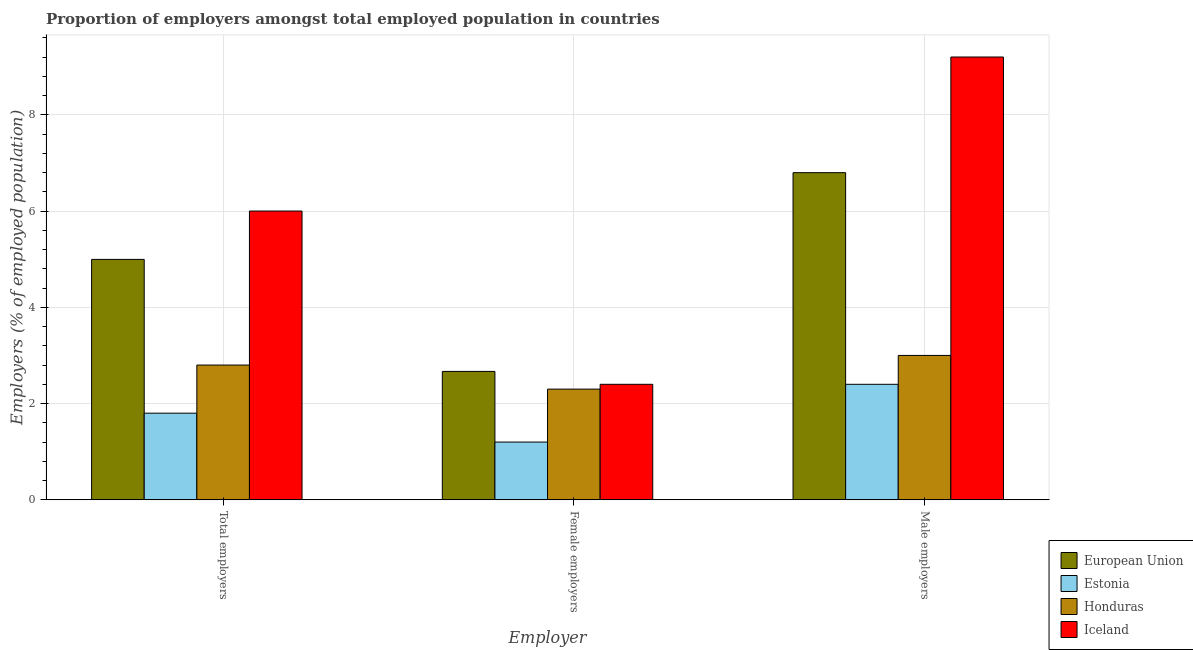
| Employer | European Union | Estonia | Honduras | Iceland |
 | --- | --- | --- | --- | --- |
 | Total employers | 5 | 1.8 | 2.8 | 6 |
 | Female employers | 2.67 | 1.2 | 2.3 | 2.4 |
 | Male employers | 6.8 | 2.4 | 3 | 9.2 |